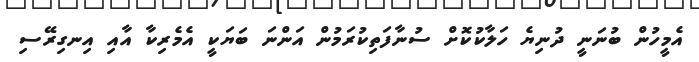
އެމީހުން ބުނަނީ ދުނިޔެ ހަލާކުކޮށް ސުނާފަތިކުރަމުން އަންނަ ބަޔަކީ އެމެރިކާ އާއި އިނގިރޭސި